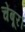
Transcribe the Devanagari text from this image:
चेंबूर।